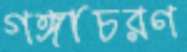
গঙ্গাচরণ